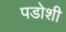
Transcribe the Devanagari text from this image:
पडोशी